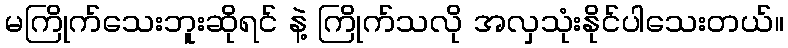
မကြိုက်သေးဘူးဆိုရင် နဲ့ ကြိုက်သလို အလှသုံးနိုင်ပါသေးတယ်။